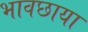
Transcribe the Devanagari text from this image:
भावछाया